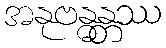
အနုဗန္ဓန္တဿ